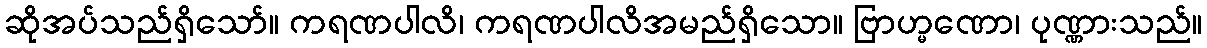
ဆိုအပ်သည်ရှိသော်။ ကရဏပါလိ၊ ကရဏပါလိအမည်ရှိသော။ ဗြာဟ္မဏော၊ ပုဏ္ဏားသည်။